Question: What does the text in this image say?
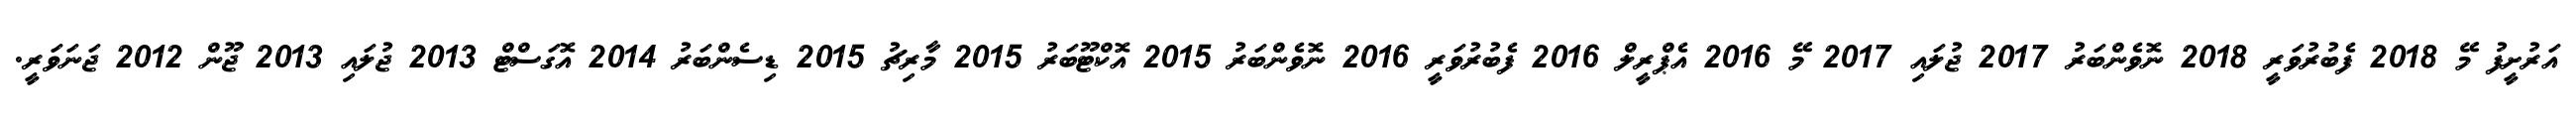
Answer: އަރުށީފު މޭ 2018 ފެބުރުވަރީ 2018 ނޮވެންބަރު 2017 ޖުލައި 2017 މޭ 2016 އެޕްރީލް 2016 ފެބުރުވަރީ 2016 ނޮވެންބަރު 2015 އޮކްޓޫބަރު 2015 މާރިޗު 2015 ޑިސެންބަރު 2014 އޮގަސްޓް 2013 ޖުލައި 2013 ޖޫން 2012 ޖަނަވަރީ.